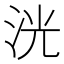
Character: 洸